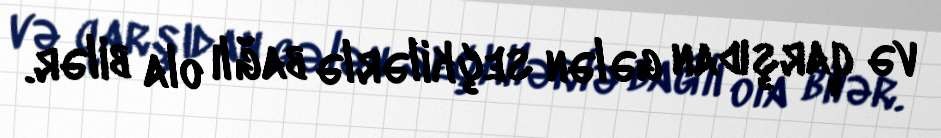
və qarşıdan gələn seçkilərlə bağlı ola bilər.